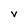
Character: V